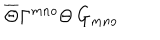
\overline { { { \Theta } } } \Gamma ^ { m n o } \Theta \, G _ { m n o }